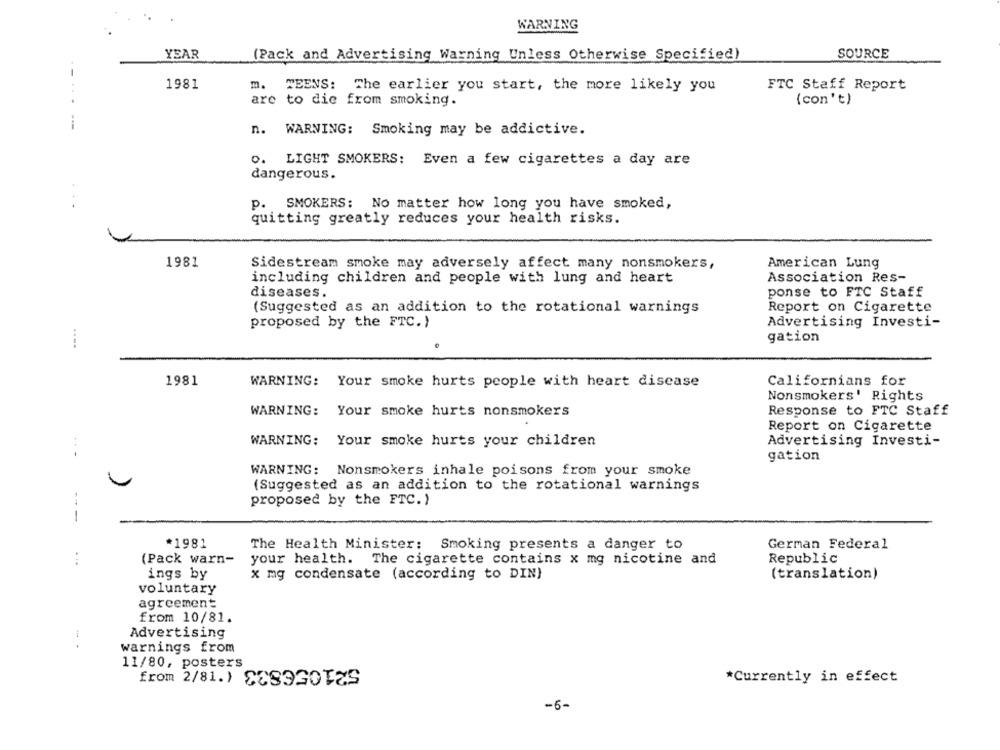
WARNING
YEAR
(Pack and Advertising Warning Unless Otherwise Specified)
SOURCE
1981
m. TEENS: The earlier you start, the more likely you
FTC Staff Report
--...
are to die from smoking.
(con't)
--
n. WARNING: Smoking may be addictive.
O. LIGHT SMOKERS: Even a few cigarettes a day are
dangerous.
...
p. SMOKERS: No matter how long you have smoked,
quitting greatly reduces your health risks.
1981
Sidestream smoke may adversely affect many nonsmokers,
American Lung
Association Res-
including children and people with lung and heart
ponse to FTC Staff
diseases.
Report on Cigarette
(Suggested as an addition to the rotational warnings
proposed by the FTC.)
Advertising Investi-
gation
1981
Californians for
WARNING: Your smoke hurts people with heart disease
Nonsmokers' Rights
WARNING:
Your smoke hurts nonsmokers
Response to FTC Staff
Report on Cigarette
WARNING:
Your smoke hurts your children
Advertising Investi-
gation
WARNING: Nonsmokers inhale poisons from your smoke
(Suggested as an addition to the rotational warnings
proposed by the FTC.)
---
*1981
The Health Minister: Smoking presents a danger to
German Federal
(Pack warn-
your health. The cigarette contains x mg nicotine and
Republic
ings by
x mg condensate (according to DIN)
(translation)
voluntary
agreement
from 10/81.
Advertising
warnings from
11/80, posters
*Currently in effect
-6-